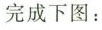
完成下图：